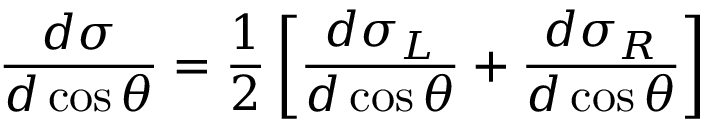
{ \frac { d \sigma } { d \cos \theta } } = { \frac { 1 } { 2 } } \left[ { \frac { { d \sigma } _ { L } } { d \cos \theta } } + { \frac { { d \sigma } _ { R } } { d \cos \theta } } \right]